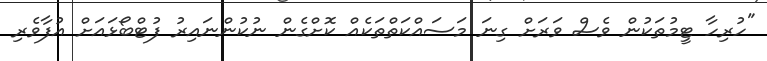
"ހުރިހާ ޓީމުތަކުން ވެސް ވަރަށް ގިނަ މަސައްކަތްތަކެއް ކޮށްގެން ނުކުންނައިރު ފުޓްބޯޅައަށް އުފާވެރި